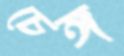
চেঙ্গ